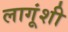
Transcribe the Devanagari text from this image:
लागूंशी